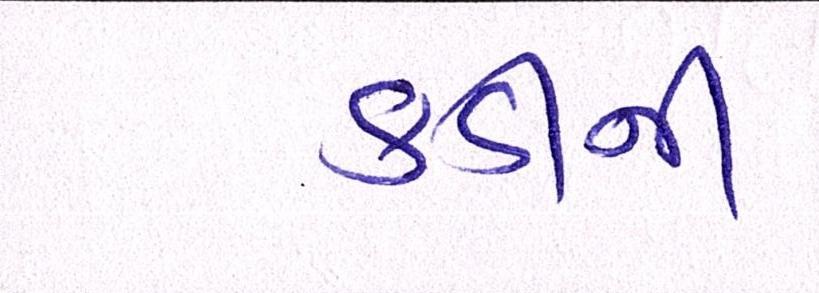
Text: કડીની